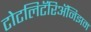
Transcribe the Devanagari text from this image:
टोटलिटॅरिॲनिझम